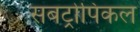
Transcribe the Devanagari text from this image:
सबट्रोपिकल